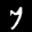
Label: 7